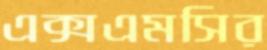
এক্সএমসির